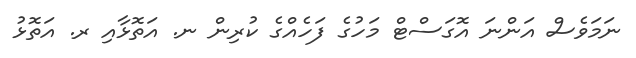
ނަމަވެސް އަންނަ އޮގަސްޓް މަހުގެ ފަހެއްގެ ކުރިން ނ. އަތޮޅާއި ރ. އަތޮޅު